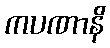
ကပဏာနိ